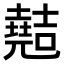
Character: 𫤣